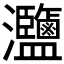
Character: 𤅸